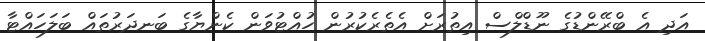
އަދި އެ ބްރޭންޑުގެ ނޫޑްލްސް އިތުރަށް އެތެރެކުރުން ހުއްޓުވަން ކެންޔާގެ ބަނދަރުތައް ބަލަހައްޓާ